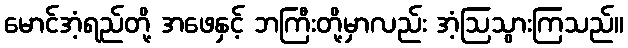
မောင်အံ့ရည်တို့ အဖေနှင့် ဘကြီးတို့မှာလည်း အံ့ဩသွားကြသည်။